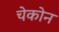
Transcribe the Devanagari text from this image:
चेकोन